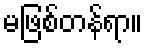
မဖြစ်တန်ရာ။